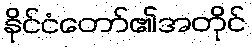
နိုင်ငံတော်၏အတိုင်